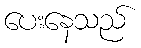
ပေးနေသည်